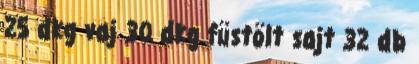
25 dkg vaj 30 dkg füstölt sajt 32 db